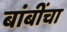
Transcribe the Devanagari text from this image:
बांबींचा